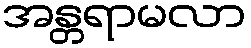
အန္တရာမလာ